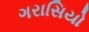
ગરાસિયો